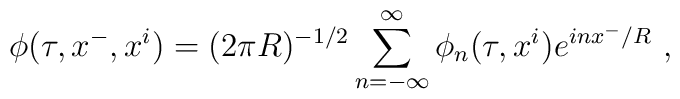
\phi(\tau,x^-,x^i) = (2\pi R)^{-1/2} \sum_{n=-\infty}^\infty\phi_n(\tau,x^i) e^{i n x^-/R}\ ,